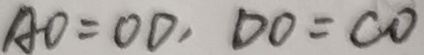
A O = O D , D O = C O